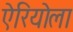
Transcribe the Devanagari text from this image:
ऐरियोला